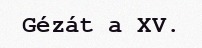
Gézát a XV.